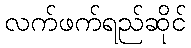
လက်ဖက်ရည်ဆိုင်